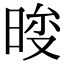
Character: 𣇚